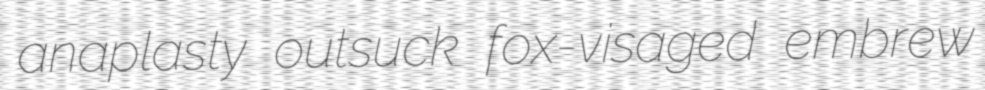
anaplasty outsuck fox-visaged embrew